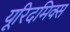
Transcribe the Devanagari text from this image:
यूरिदमिक्स